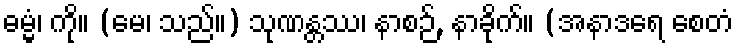
ဓမ္မံ၊ ကို။ (မေ၊ သည်။) သုဏန္တဿ၊ နာစဉ်, နာခိုက်။ (အနာဒရေ စေတံ